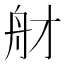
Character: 𦨑